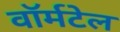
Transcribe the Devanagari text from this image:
वॉर्मटेल